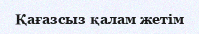
Қағазсыз қалам жетім